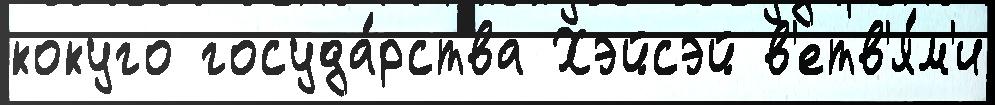
кокуго госуда́рства Хэйсэй в'етв'я́м'и